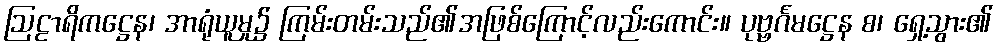
ဩဠာရိကဋ္ဌေန၊ အာရုံယူမှု၌ ကြမ်းတမ်းသည်၏အဖြစ်ကြောင့်လည်းကောင်း။ ပုဗ္ဗင်္ဂမဋ္ဌေန စ၊ ရှေ့သွား၏